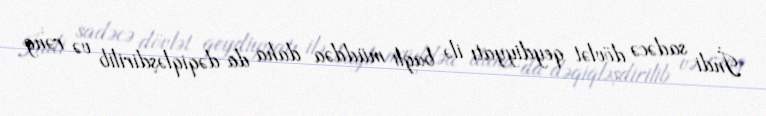
İndi sadəcə dövlət qeydiyyatı ilə bağlı müddəa daha da dəqiqləşdirilib və rəng